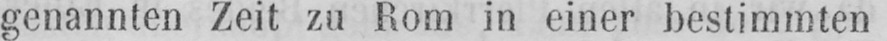
genannten Zeit zu Rom in einer bestimmten